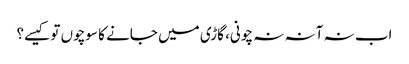
اب نہ آنہ نہ چونی، گاڑی میں جانے کا سوچوں تو کیسے؟